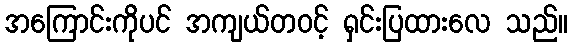
အကြောင်းကိုပင် အကျယ်တဝင့် ရှင်းပြထားလေ သည်။